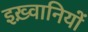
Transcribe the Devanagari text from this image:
इख़्वानियों